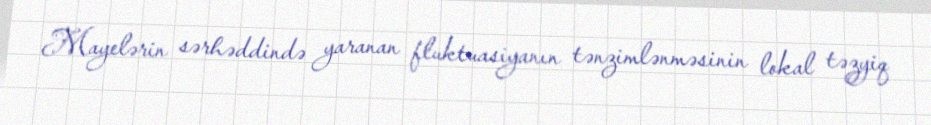
Mayelərin sərhəddində yaranan fluktuasiyanın tənzimlənməsinin lokal təzyiq